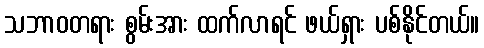
သဘာဝတရား စွမ်းအား ထက်လာရင် ဖယ်ရှား ပစ်နိုင်တယ်။